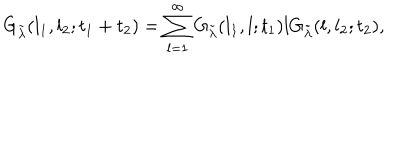
G _ { \tilde { \lambda } } ( l _ { 1 } , l _ { 2 } ; t _ { 1 } + t _ { 2 } ) = \sum _ { l = 1 } ^ { \infty } G _ { \tilde { \lambda } } ( l _ { 1 } , l ; t _ { 1 } ) l G _ { \tilde { \lambda } } ( l , l _ { 2 } ; t _ { 2 } ) ,